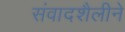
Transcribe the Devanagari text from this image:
संवादशैलीने